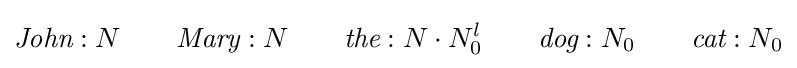
{\textit {John}}:N\qquad {\textit {Mary}}:N\qquad {\textit {the}}:N\cdot N_{0}^{l}\qquad {\textit {dog}}:N_{0}\qquad {\textit {cat}}:N_{0}